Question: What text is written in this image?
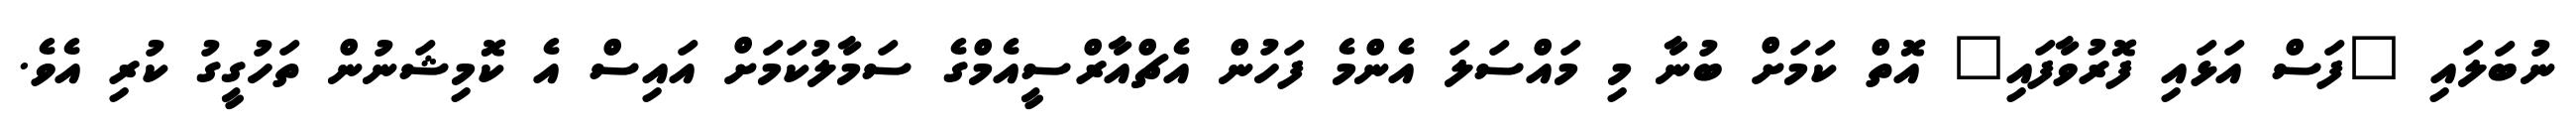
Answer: ނުބަލައި "ފަސް އަޅައި ފޮރުވާފައި" އޮތް ކަމަށް ބުނާ މި މައްސަލަ އެންމެ ފަހުން އެޗްއާރްސީއެމްގެ ސަމާލުކަމަށް އައިސް އެ ކޮމިޝަނުން ތަހުގީގު ކުރި އެވެ.